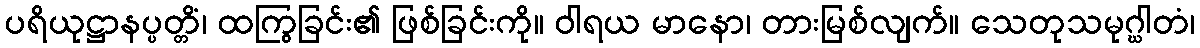
ပရိယုဋ္ဌာနပ္ပတ္တိံ၊ ထကြွခြင်း၏ ဖြစ်ခြင်းကို။ ဝါရယ မာနော၊ တားမြစ်လျက်။ သေတုသမုဂ္ဃါတံ၊